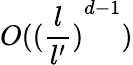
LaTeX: O({(\frac{l}{l^{\prime}})}^{d-1})